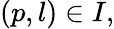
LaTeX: (p,l)\in I,